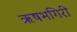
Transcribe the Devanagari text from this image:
ऋषभगिरी